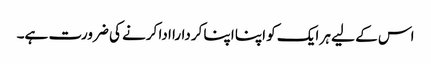
اس کے لیے ہر ایک کو اپنا اپنا کردارا ادا کرنے کی ضرورت ہے۔